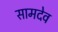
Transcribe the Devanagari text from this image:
सामदेव